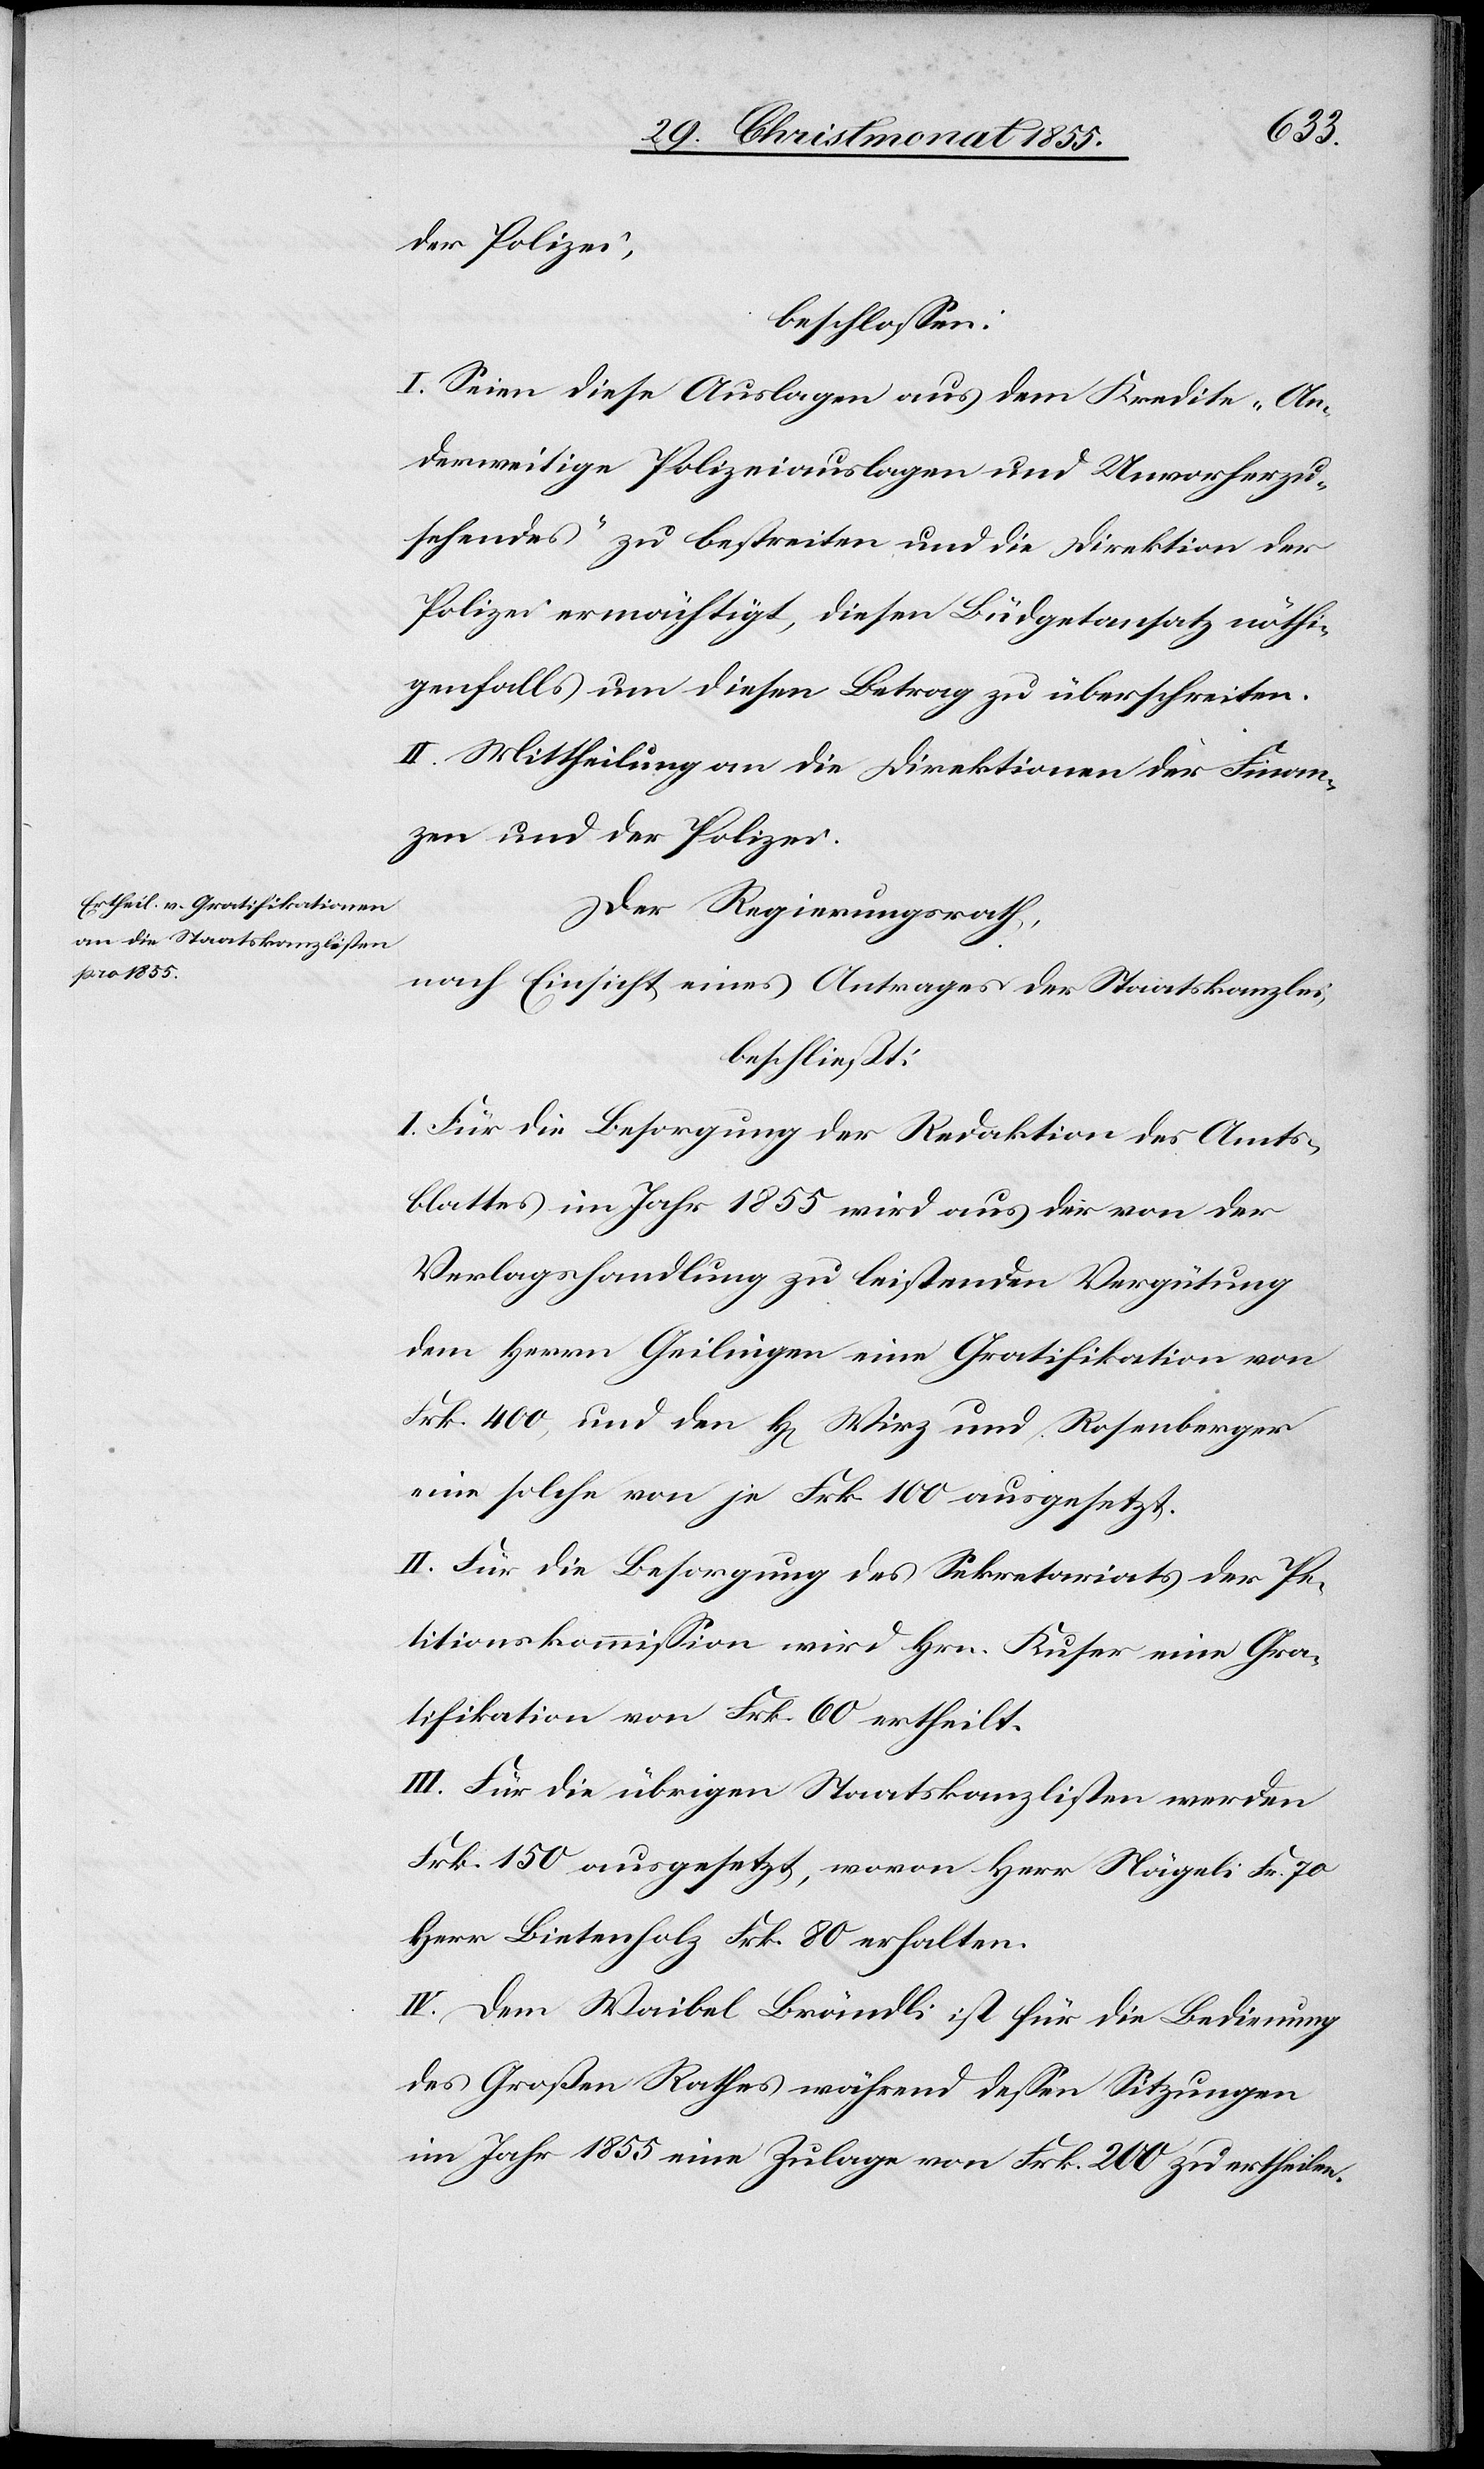
der Polizei,
beschlossen:
I. Seien diese Auslagen aus dem Kredite „An¬
derweitige Polizeiauslagen und Unvorherzu¬
sehendes“ zu bestreiten und die Direktion der
Polizei ermächtigt, diesen Büdgetansatz nöthi¬
genfalls um diesen Betrag zu überschreiten.
II. Mittheilung an die Direktionen der Finan¬
zen und der Polizei.
Der Regierungsrath,
nach Einsicht eines Antrages der Staatskanzlei,
beschließt:
I. Für die Besorgung der Redaktion des Amts¬
blattes im Jahr 1855 wird aus der von der
Verlagshandlung zu leistenden Vergütung
dem Herrn Geilinger eine Gratifikation von
Frk. 400, und den H[erren] Wirz und Rosenberger
eine solche von je Frk. 100 ausgesetzt.
II. Für die Besorgung des Sekretariats der Pe¬
titionskommission wird Hrn. Kuser eine Gra¬
tifikation von Frk. 60 ertheilt.
III. Für die übrigen Staatskanzlisten werden
Frk. 150 ausgesetzt, wovon Herr Nägeli Fr. 70[,]
Herr Bietenholz Frk. 80 erhalten.
IV. Dem Waibel Brändli ist für die Bedienung
des Großen Rathes während dessen Sitzungen
im Jahr 1855 eine Zulage von Frk. 200 zu ertheilen.